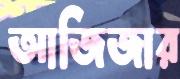
আজিজার